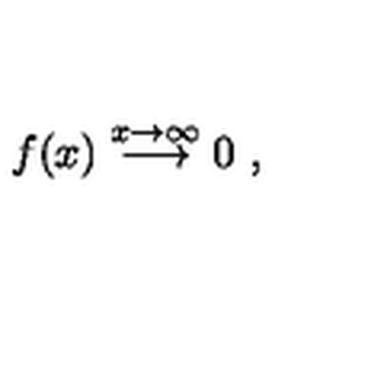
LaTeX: f ( x ) \stackrel { x \rightarrow \infty } { \longrightarrow } 0 \ ,